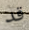
قد